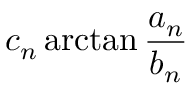
c _ { n } \arctan { \frac { a _ { n } } { b _ { n } } }